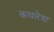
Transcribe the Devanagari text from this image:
कथारेषा